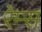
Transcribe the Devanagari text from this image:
रेम्स